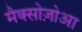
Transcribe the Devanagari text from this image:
मैक्सोज़ोआ